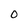
Character: 0